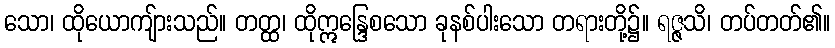
သော၊ ထိုယောကျ်ားသည်။ တတ္ထ၊ ထိုဣန္ဒြေစသော ခုနစ်ပါးသော တရားတို့၌။ ရဇ္ဇသိ၊ တပ်တတ်၏။